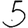
Digit: 5